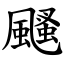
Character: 颾